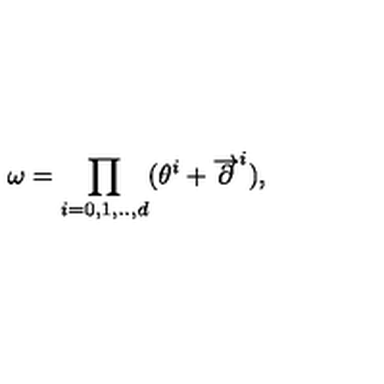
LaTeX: \omega = \prod _ { i = 0 , 1 , . . , d } ( \theta ^ { i } + \overrightarrow { \partial } ^ { i } ) , \nonumber